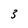
Character: 3